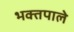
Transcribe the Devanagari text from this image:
भक्तपाले